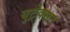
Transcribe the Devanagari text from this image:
युट्रेक्सट